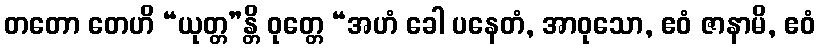
တတော တေဟိ “ယုတ္တ”န္တိ ဝုတ္တေ “အဟံ ခေါ ပနေတံ, အာဝုသော, ဧဝံ ဇာနာမိ, ဧဝံ